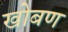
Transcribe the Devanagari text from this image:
खोबण